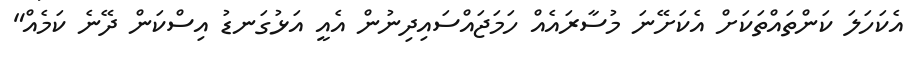
އެކަހަލަ ކަންތައްތަކަށް އެކަށޭނަ މުސާރައެއް ހަމަޖައްސައިދިނުން އެއީ އަޅުގަނޑު އިސްކަން ދޭނެ ކަމެއް"